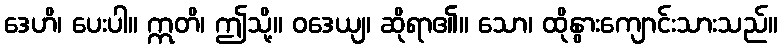
ဒေဟိ၊ ပေးပါ။ ဣတိ၊ ဤသို့။ ဝဒေယျ၊ ဆိုရာ၏။ သော၊ ထိုနွားကျောင်းသားသည်။